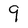
Character: 9